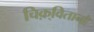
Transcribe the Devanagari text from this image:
चिक़्वितानो